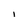
Character: I